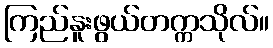
ကြည်နူးဖွယ်တက္ကသိုလ်။